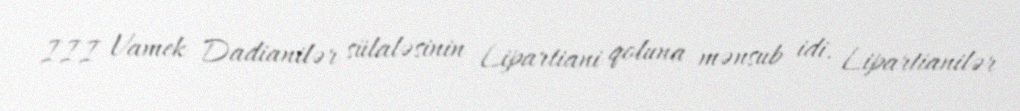
III Vamek Dadianilər sülaləsinin Lipartiani qoluna mənsub idi. Lipartianilər